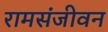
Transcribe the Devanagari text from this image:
रामसंजीवन